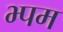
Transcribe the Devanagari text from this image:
भ्पम